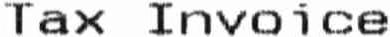
TAX INVOICE